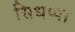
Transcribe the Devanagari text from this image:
सिधप्पा